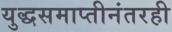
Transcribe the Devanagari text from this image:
युद्धसमाप्तीनंतरही